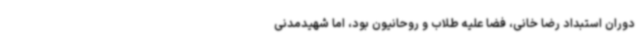
دوران استبداد رضا خانی، فضا علیه طلاب و روحانیون بود، اما شهیدمدنی